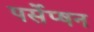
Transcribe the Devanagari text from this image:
पर्सेप्षन